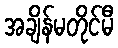
အချိန်မတိုင်မီ